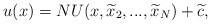
\begin{align*}u(x)=NU(x,\widetilde{x}_{2},...,\widetilde{x}_{N})+\widetilde{c}, \end{align*}